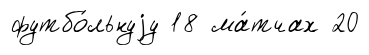
футбо́льнуjу 18 ма́тчах 20